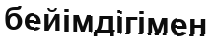
бейімдігімен